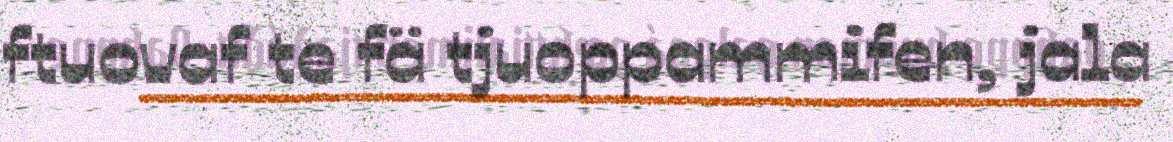
ftuovaf te fä tjuoppammifen, jala